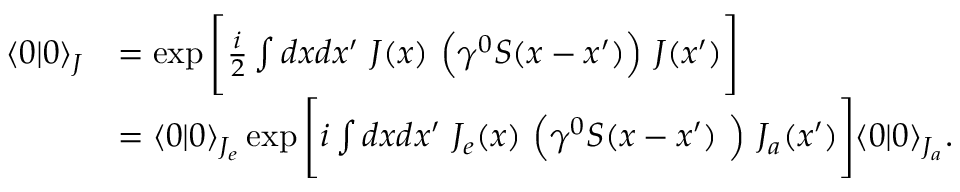
{ \begin{array} { r l } { \langle 0 | 0 \rangle _ { J } } & { = \exp { { \Bigg [ } { \frac { i } { 2 } } \int d x d x ^ { \prime } ~ J ( x ) ~ { \Big ( } \gamma ^ { 0 } S ( x - x ^ { \prime } ) { \Big ) } ~ J ( x ^ { \prime } ) { \Bigg ] } } } \\ & { = \langle 0 | 0 \rangle _ { J _ { e } } \exp { { \Bigg [ } i \int d x d x ^ { \prime } ~ J _ { e } ( x ) ~ { \Big ( } \gamma ^ { 0 } S ( x - x ^ { \prime } ) ~ { \Big ) } ~ J _ { a } ( x ^ { \prime } ) { \Bigg ] } } \langle 0 | 0 \rangle _ { J _ { a } } . } \end{array} }